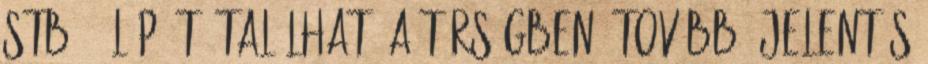
stb. , láp, tó található a térségben. Továbbá jelentős